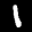
Label: 1